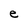
Character: e